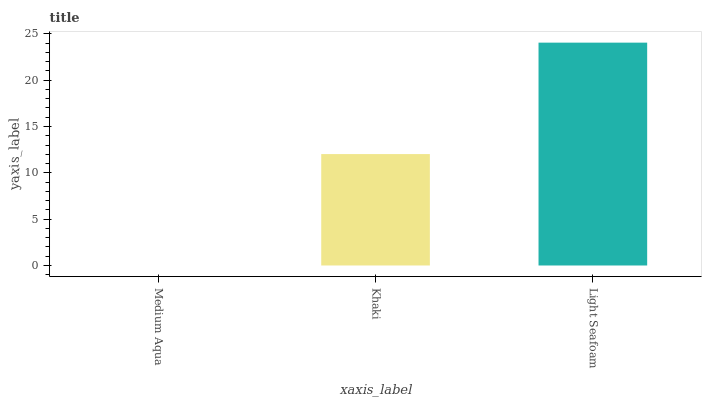
| xaxis_label | bars |
 | --- | --- |
 | Medium Aqua | 0 |
 | Khaki | 12 |
 | Light Seafoam | 24 |